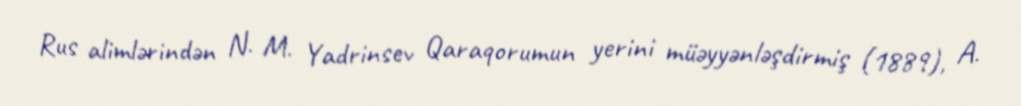
Rus alimlərindən N. M. Yadrinsev Qaraqorumun yerini müəyyənləşdirmiş (1889), A.